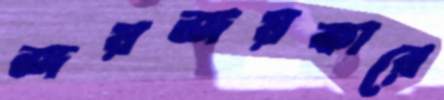
জয়জয়কারে